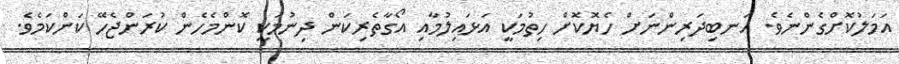
އަމަލުކޮށްގެންނެވެ. އަނބިދަރިންނަށް ހެޔޮކޮށް ހިތުމަކީ އަޅައިލުމާއި އޯގާތެރިކަން ދިނުމަކީ ކޮންމެހެން ކުރަންޖެހޭ ކަންކަމެވެ.